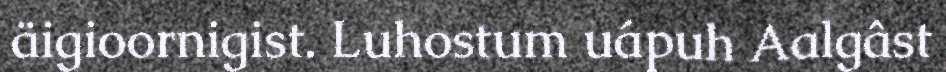
äigioornigist. Luhostum uápuh Aalgâst